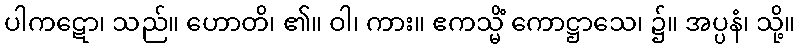
ပါကဋော၊ သည်။ ဟောတိ၊ ၏။ ဝါ၊ ကား။ ဧကသ္မိံ ကောဋ္ဌာသေ၊ ၌။ အပ္ပနံ၊ သို့။